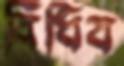
বিঁধিব